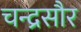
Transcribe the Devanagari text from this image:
चन्द्रसौर